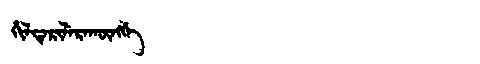
Manchu: ᡥᡳᠯᡨᡝᡵᡳᠯᡝᡵᠠᡴᡡᠩᡤᡝ
Romanization: HILTERILERAKŪNGGE